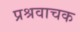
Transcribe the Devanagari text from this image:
प्रश्रवाचक